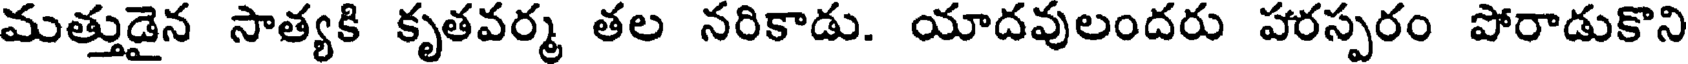
మత్తుడైన సాత్యకి కృతవర్మ తల నరికాడు. యాదవులందరు పరస్పరం పోరాడుకొని